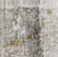
ميلهاوس